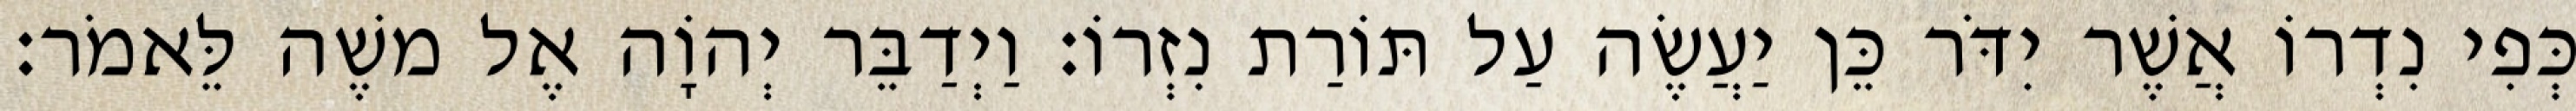
כְּפִי נִדְרוֹ אֲשֶׁר יִדֹּר כֵּן יַעֲשֶׂה עַל תּוֹרַת נִזְרוֹ׃ וַיְדַבֵּר יְהוָֹה אֶל משֶׁה לֵּאמֹר׃